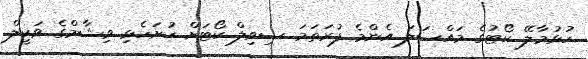
ހުޅުމާލޭ ކޯޓުގެ މައްސަލަ އެންމެ ފުރަތަމަ ސިވިލް ކޯޓަށް ހުށަހެޅި ވިޝާމްގެ ވަކީލް